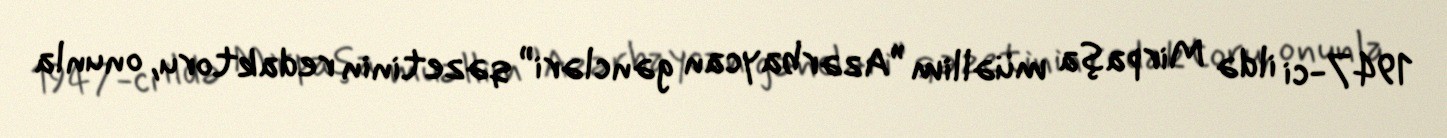
1947-ci ildə Mirpaşa müəllim ”Azərbaycan gəncləri” qəzetinin redaktoru, onunla